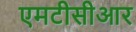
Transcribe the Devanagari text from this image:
एमटीसीआर